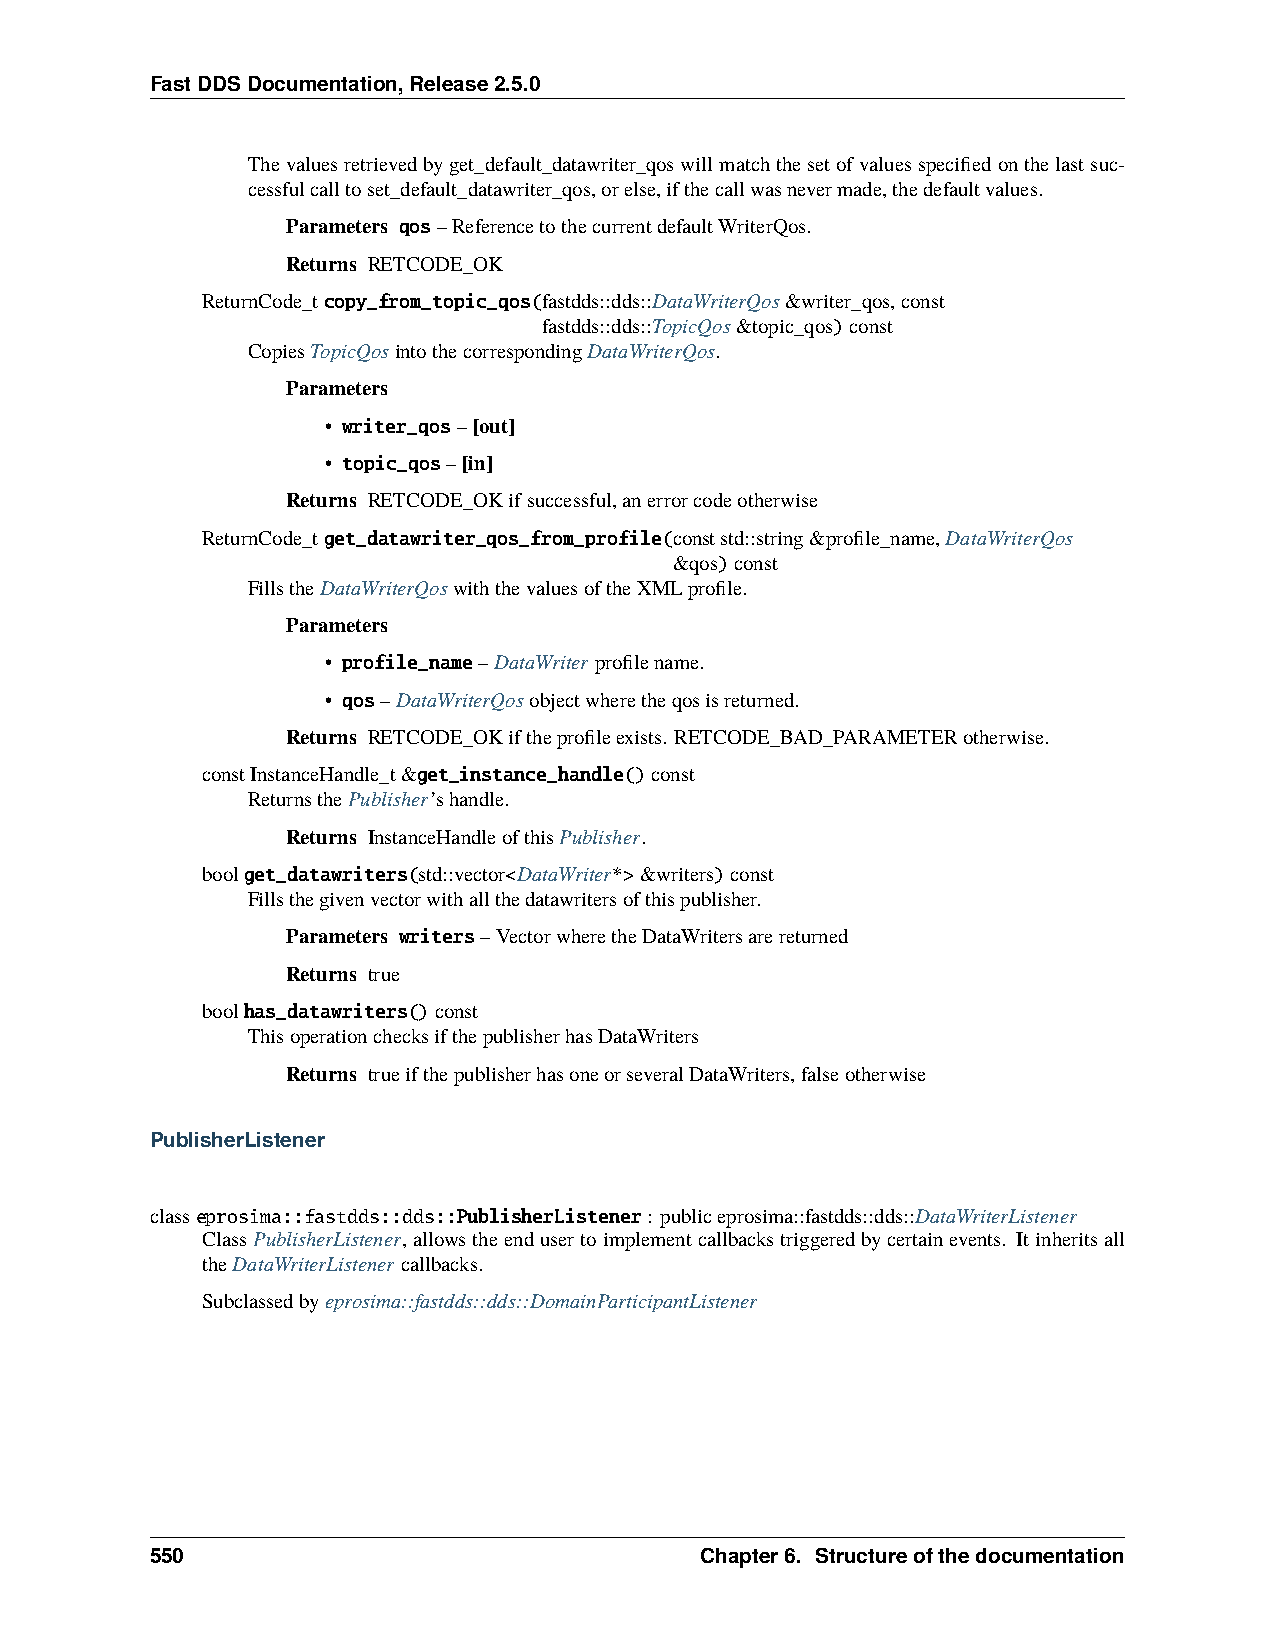
FastDDSDocumentation,Release2.5.0
 Thevaluesretrievedbyget_default_datawriter_qoswillmatchthesetofvaluesspecifiedonthelastsuc-
 cessfulcalltoset_default_datawriter_qos,orelse,ifthecallwasnevermade,thedefaultvalues.
 Parameters qos–ReferencetothecurrentdefaultWriterQos.
 Returns RETCODE_OK
 ReturnCode_tcopy_from_topic_qos(fastdds::dds::DataWriterQos&writer_qos,const
 fastdds::dds::TopicQos&topic_qos)const
 CopiesTopicQosintothecorrespondingDataWriterQos.
 Parameters
 • writer_qos–[out]
 • topic_qos–[in]
 Returns RETCODE_OKifsuccessful,anerrorcodeotherwise
 ReturnCode_tget_datawriter_qos_from_profile(conststd::string&profile_name,DataWriterQos
 &qos)const
 FillstheDataWriterQoswiththevaluesoftheXMLprofile.
 Parameters
 • profile_name–DataWriterprofilename.
 • qos–DataWriterQosobjectwheretheqosisreturned.
 Returns RETCODE_OKiftheprofileexists. RETCODE_BAD_PARAMETERotherwise.
 constInstanceHandle_t&get_instance_handle()const
 ReturnsthePublisher’shandle.
 Returns InstanceHandleofthisPublisher.
 boolget_datawriters(std::vector<DataWriter*>&writers)const
 Fillsthegivenvectorwithallthedatawritersofthispublisher.
 Parameters writers–VectorwheretheDataWritersarereturned
 Returns true
 boolhas_datawriters()const
 ThisoperationchecksifthepublisherhasDataWriters
 Returns trueifthepublisherhasoneorseveralDataWriters,falseotherwise
 PublisherListener
 classeprosima::fastdds::dds::PublisherListener: publiceprosima::fastdds::dds::DataWriterListener
 ClassPublisherListener,allowstheendusertoimplementcallbackstriggeredbycertainevents. Itinheritsall
 theDataWriterListenercallbacks.
 Subclassedbyeprosima::fastdds::dds::DomainParticipantListener
 550                                 Chapter6. Structureofthedocumentation